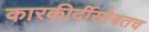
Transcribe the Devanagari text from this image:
कारकीर्दीसोबतच